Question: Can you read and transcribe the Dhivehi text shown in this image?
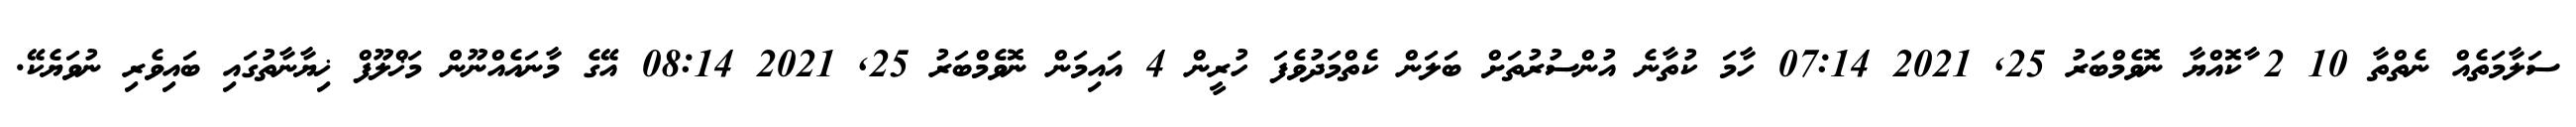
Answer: ސަލާމަތެއް ނެތްތާ 10 2 ާކޮއްޔާ ނޮވެމްބަރު 25, 2021 07:14 ހާމަ ކުތާނެ އުންސުރުތަށް ބަލަން ކެތްމަދުވެފަ ހުރީން 4 އައިމަން ނޮވެމްބަރު 25, 2021 08:14 އޭގެ މާނައެއްނޫން މަޚްލޫފް ޚިޔާނާތުގައި ބައިވެރި ނުވަޔެކޭ.